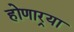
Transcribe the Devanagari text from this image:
होणार्‍या